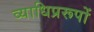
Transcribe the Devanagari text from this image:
व्याधिप्ररूपों